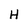
Character: H